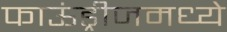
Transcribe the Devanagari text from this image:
फाऊंड्रीजमध्ये